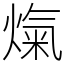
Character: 熂